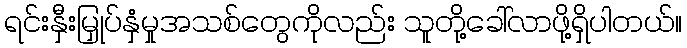
ရင်းနှီးမြှုပ်နှံမှုအသစ်တွေကိုလည်း သူတို့ခေါ်လာဖို့ရှိပါတယ်။